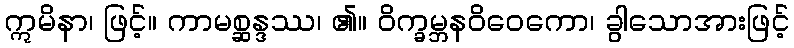
ဣမိနာ၊ ဖြင့်။ ကာမစ္ဆန္ဒဿ၊ ၏။ ဝိက္ခမ္ဘနဝိဝေကော၊ ခွါသောအားဖြင့်